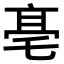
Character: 𠅢